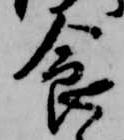
食